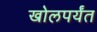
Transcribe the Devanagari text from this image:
खोलपर्यंत